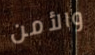
والأمن